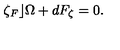
\zeta _ { F } \rfloor \Omega + d F _ { \zeta } = 0 .